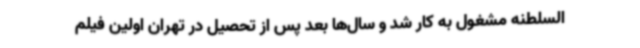
السلطنه مشغول به کار شد و سال‌ها بعد پس از تحصیل در تهران اولین فیلم